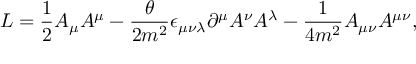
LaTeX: { \cal L } = { \frac { 1 } { 2 } } A _ { \mu } A ^ { \mu } - { \frac { \theta } { 2 m ^ { 2 } } } \epsilon _ { \mu \nu \lambda } \partial ^ { \mu } A ^ { \nu } A ^ { \lambda } - { \frac { 1 } { 4 m ^ { 2 } } } A _ { \mu \nu } A ^ { \mu \nu } ,